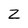
Character: Z